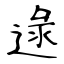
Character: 逯